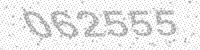
Solution: 062555